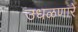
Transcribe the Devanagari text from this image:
उधळणारे